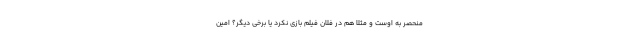
منحصر به اوست و مثلا هم در فلان فیلم بازی نکرد یا برخی دیگر؟ امین